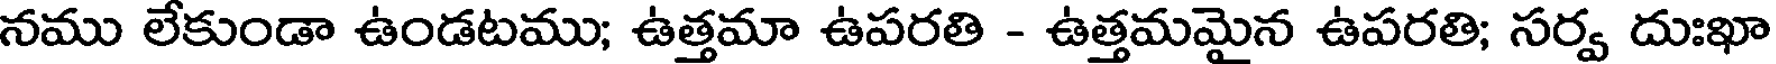
నము లేకుండా ఉండటము; ఉత్తమా ఉపరతి - ఉత్తమమైన ఉపరతి; సర్వ దుఃఖా